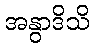
အနွာဒိသိ